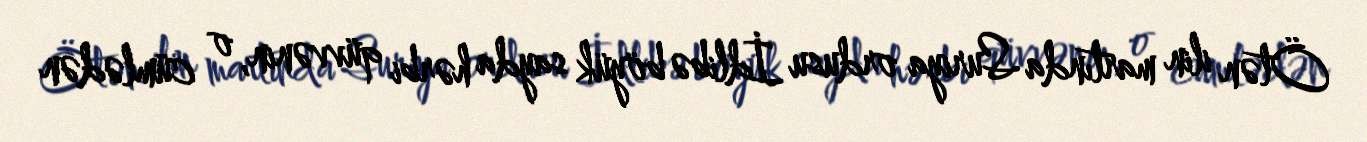
Ötən ilin martında Suriya ordusu İdlibə böyük sayda hərbi qüvvənin, o cümlədən